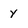
Character: y